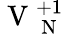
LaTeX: \mathrm{~V~}_{\mathrm{~N~}}^{+1}